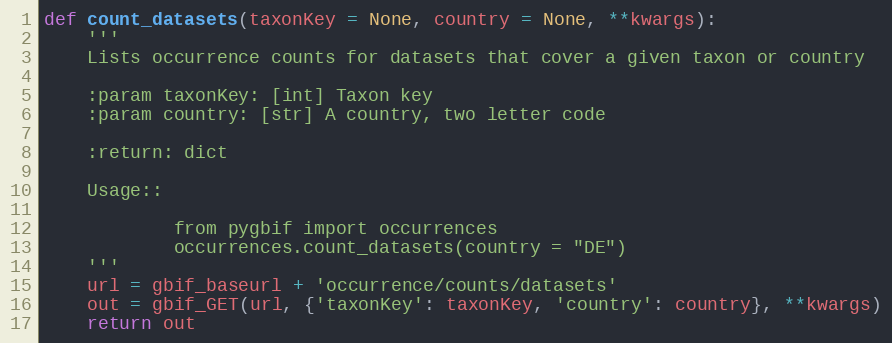
Language: Python
def count_datasets(taxonKey = None, country = None, **kwargs):
    '''
    Lists occurrence counts for datasets that cover a given taxon or country

    :param taxonKey: [int] Taxon key
    :param country: [str] A country, two letter code

    :return: dict

    Usage::

            from pygbif import occurrences
            occurrences.count_datasets(country = "DE")
    '''
    url = gbif_baseurl + 'occurrence/counts/datasets'
    out = gbif_GET(url, {'taxonKey': taxonKey, 'country': country}, **kwargs)
    return out